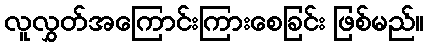
လူလွှတ်အကြောင်းကြားစေခြင်း ဖြစ်မည်။